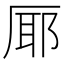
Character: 𭆊